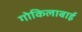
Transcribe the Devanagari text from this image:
गोकिलाबाई